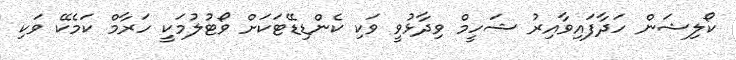
ކޯލިޝަން ހަދާފައިވާއިރު ޝަހީމް ވިދާޅުވީ ވަކި ކެންޑިޑޭޓަކަށް ވޯޓުލުމަކީ ހަރާމް ކަމެކޭ ވަކި